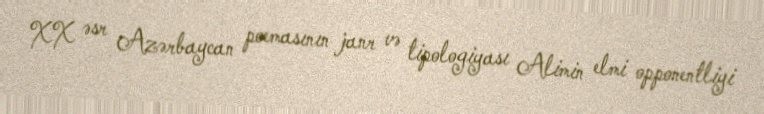
XX əsr Azərbaycan poemasının janr və tipologiyası Alimin elmi opponentliyi